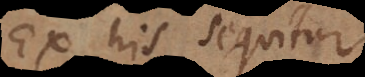
Ex his sequitur